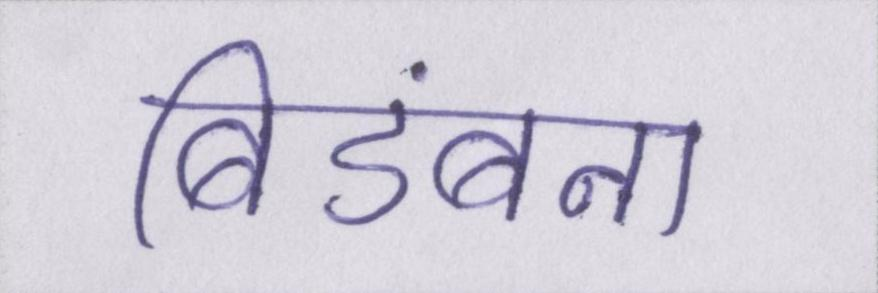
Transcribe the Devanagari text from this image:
बिडंबना